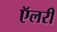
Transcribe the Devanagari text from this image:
ऍलरी